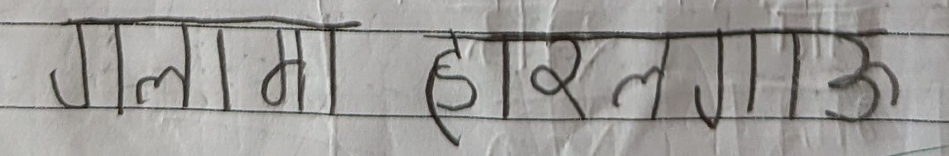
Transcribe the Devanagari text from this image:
गलतमा हारलगाऊ